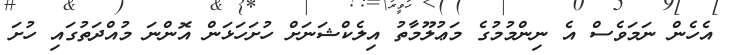
އެހެން ނަމަވެސް އެ ނިންމުމުގެ މަޢުލޫމާތު އިލެކްޝަނަށް ހުށަހަޅަން އޮންނަ މުއްދަތުގައި ހުށަ